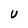
Character: U